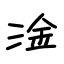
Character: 滏